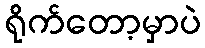
ရိုက်တော့မှာပဲ